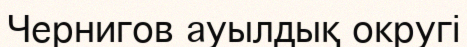
Чернигов ауылдық округі